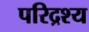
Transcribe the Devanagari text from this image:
परिद्रश्य